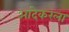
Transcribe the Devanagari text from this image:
आंदेकरला